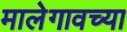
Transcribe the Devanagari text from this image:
मालेगावच्या